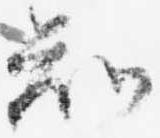
知